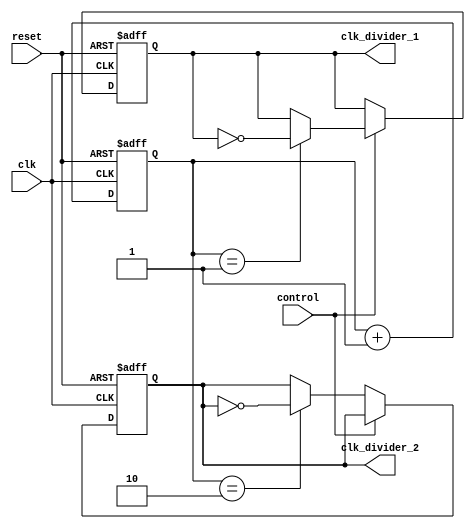
module dual_modulus_clock_divider (
    input wire clk,
    input wire reset,
    input wire control,
    output wire clk_divider_1,
    output wire clk_divider_2
);

reg [1:0] counter;
reg clk_divider_1_reg;
reg clk_divider_2_reg;

always @(posedge clk or posedge reset) begin
    if (reset) begin
        counter <= 2'b00;
        clk_divider_1_reg <= 1'b0;
        clk_divider_2_reg <= 1'b0;
    end else begin
        if (control) begin
            if (counter == 2'b01) begin
                clk_divider_1_reg <= ~clk_divider_1_reg;
            end
            counter <= counter + 1;
        end else begin
            if (counter == 2'b10) begin
                clk_divider_2_reg <= ~clk_divider_2_reg;
            end
            counter <= counter + 1;
        end
    end
end

assign clk_divider_1 = clk_divider_1_reg;
assign clk_divider_2 = clk_divider_2_reg;

endmodule